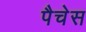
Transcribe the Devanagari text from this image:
पैचेस